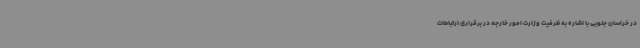
در خراسان جنوبی با اشاره به ظرفیت وزارت امور خارجه در برقراری ارتباطات